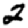
Digit: 2